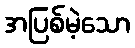
အပြစ်မဲ့သော